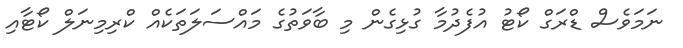
ނަމަވެސް ޑްރަގް ކޯޓު އުފެދުމާ ގުޅިގެން މި ބާވަތުގެ މައްސަލަތަކެއް ކްރިމިނަލް ކޯޓާއި